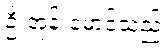
ဦးအုန်းမောင်သည်